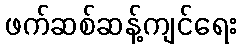
ဖက်ဆစ်ဆန့်ကျင်ရေး